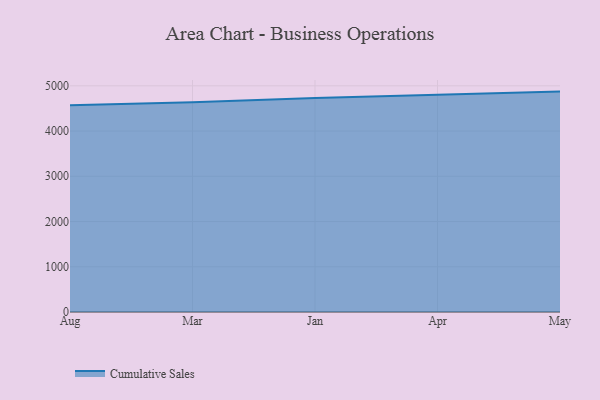
{"axis": {"x": "Month", "y": "Headcount"}, "legend": ["Cumulative Sales"], "data": [{"x": "Aug", "y": 4567.4, "type": "Cumulative Sales"}, {"x": "Mar", "y": 4638.8, "type": "Cumulative Sales"}, {"x": "Jan", "y": 4731.2, "type": "Cumulative Sales"}, {"x": "Apr", "y": 4803.7, "type": "Cumulative Sales"}, {"x": "May", "y": 4871.8, "type": "Cumulative Sales"}]}